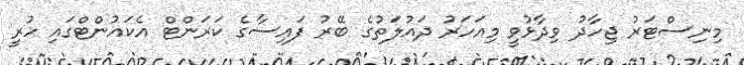
މިނިސްޓަރު ޖިހާދު ވިދާޅުވީ މިއަހަރު ދައުލަތުގެ ބޭރު ފައިސާގެ ކަރަންޓް އެކައުންޓްގައި ހުރީ